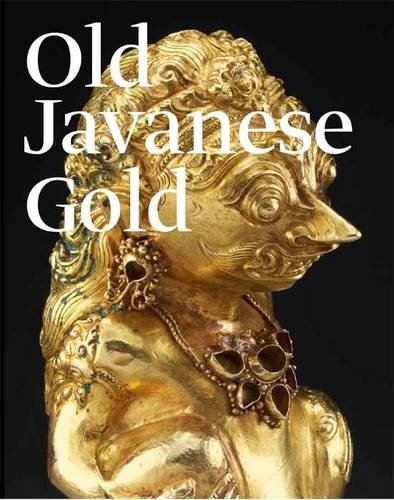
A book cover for Old Javanese Gold: The Hunter Thompson Collection at the Yale University Art Gallery; John Miksic; Crafts, Hobbies & Home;